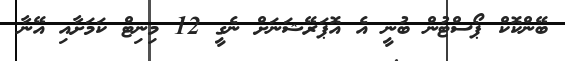
ބޭންކޮކް ޕޯސްޓުން ބުނީ އެ އޮޕަރޭޝަނަށް ނެގީ 12 މިނިޓް ކަމަށާއި އޭނާ